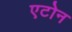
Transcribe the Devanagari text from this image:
एटोन